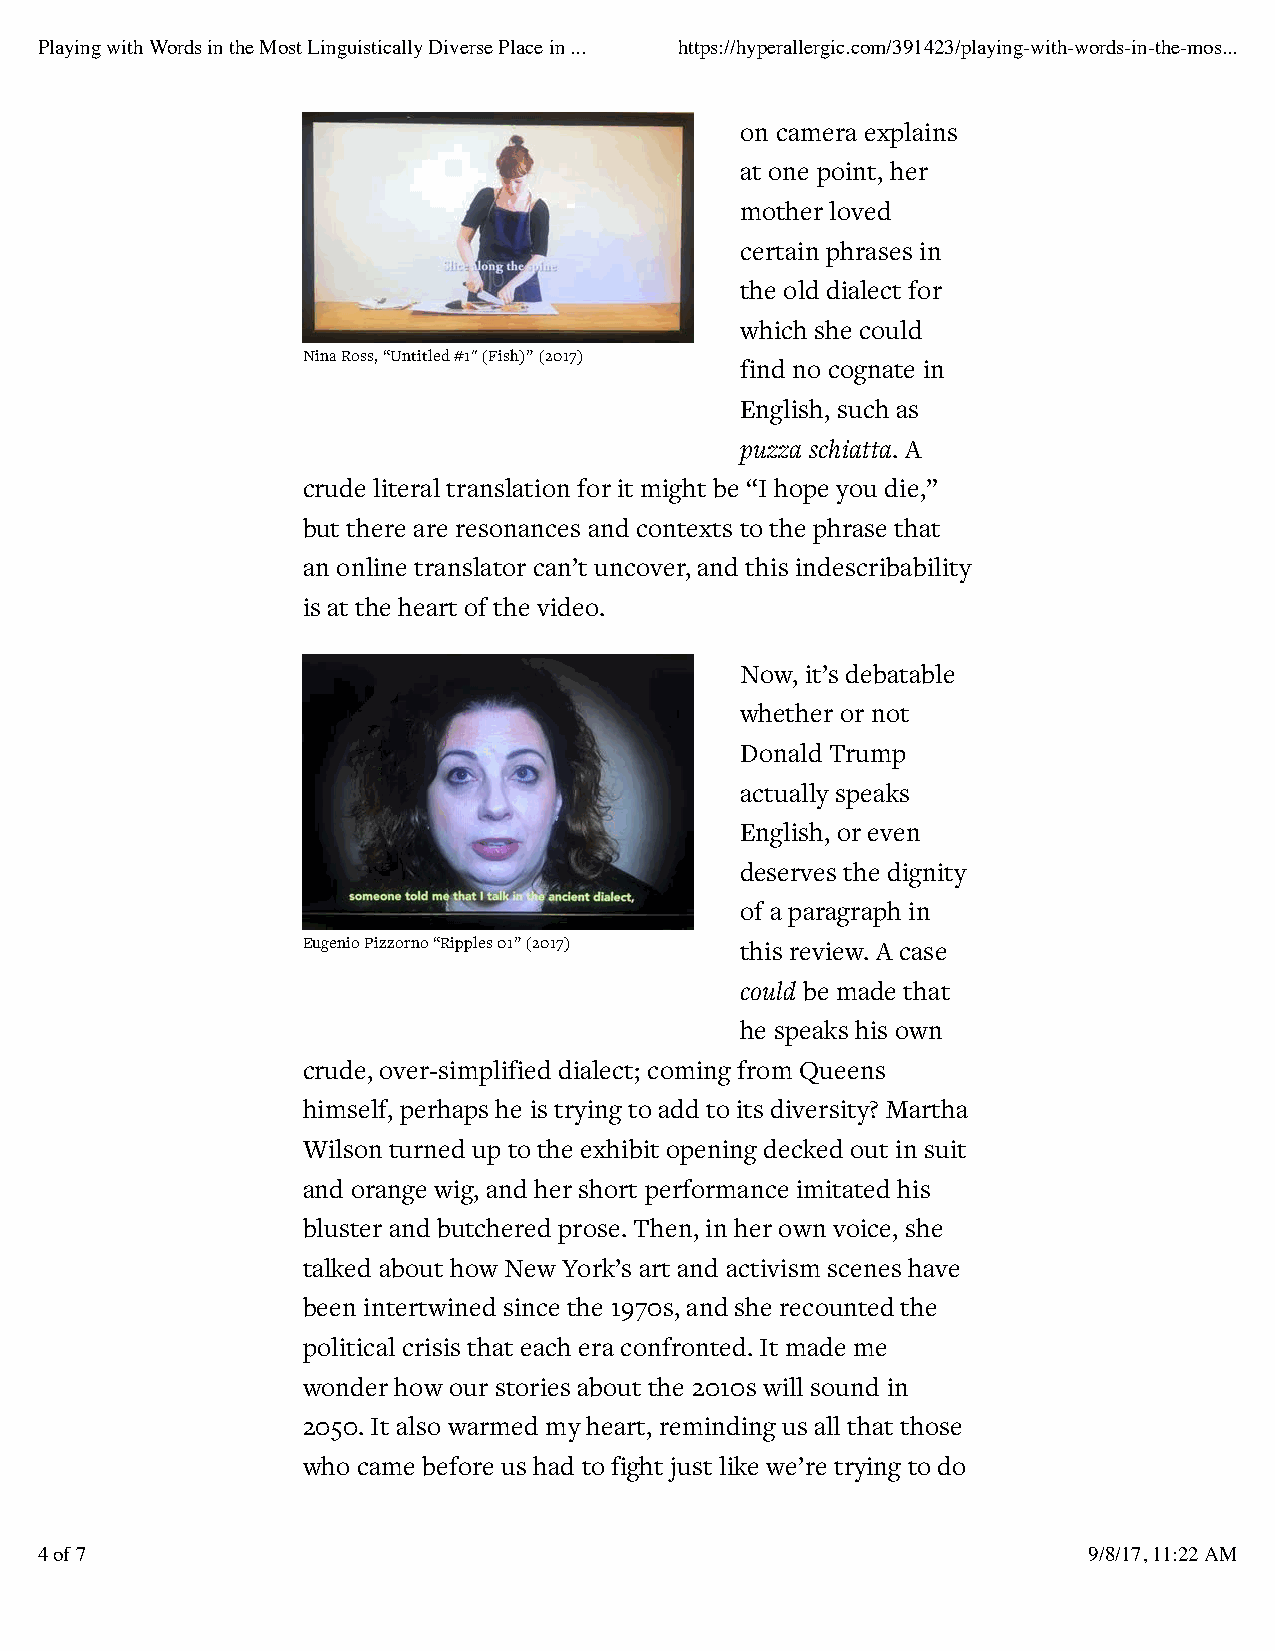
Playing with Words in the Most Linguistically Diverse Place in ... https://hyperallergic.com/391423/playing-with-words-in-the-mos...
 on camera explains
 at one point, her
 mother loved
 certain phrases in
 the old dialect for
 which she could
 Nina Ross, “Untitled #1″ (Fish)” (2017)
 find no cognate in
 English, such as
 puzza schiatta. A
 crude literal translation for it might be “I hope you die,”
 but there are resonances and contexts to the phrase that
 an online translator can’t uncover, and this indescribability
 is at the heart of the video.
 Now, it’s debatable
 whether or not
 Donald Trump
 actually speaks
 English, or even
 deserves the dignity
 of a paragraph in
 Eugenio Pizzorno “Ripples 01” (2017) this review. A case
 could be made that
 he speaks his own
 crude, over-simplified dialect; coming from Queens
 himself, perhaps he is trying to add to its diversity? Martha
 Wilson turned up to the exhibit opening decked out in suit
 and orange wig, and her short performance imitated his
 bluster and butchered prose. Then, in her own voice, she
 talked about how New York’s art and activism scenes have
 been intertwined since the 1970s, and she recounted the
 political crisis that each era confronted. It made me
 wonder how our stories about the 2010s will sound in
 2050. It also warmed my heart, reminding us all that those
 who came before us had to fight just like we’re trying to do
 4 of 7                                                                9/8/17, 11:22 AM